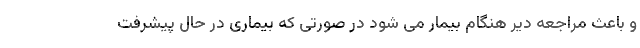
و باعث مراجعه دیر هنگام بیمار می شود در صورتی که بیماری در حال پیشرفت